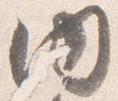
内